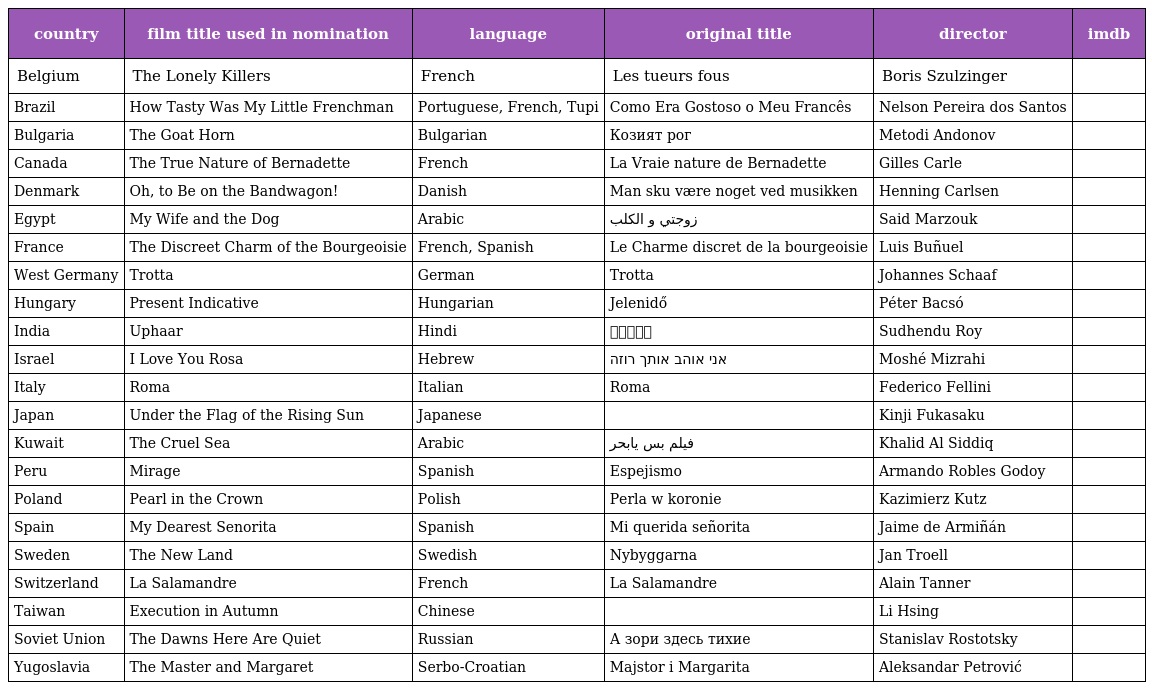
| country | film title used in nomination | language | original title | director | imdb |
 | --- | --- | --- | --- | --- | --- |
 | Belgium | The Lonely Killers | French | Les tueurs fous | Boris Szulzinger |  |
 | Brazil | How Tasty Was My Little Frenchman | Portuguese, French, Tupi | Como Era Gostoso o Meu Francês | Nelson Pereira dos Santos |  |
 | Bulgaria | The Goat Horn | Bulgarian | Козият рог | Metodi Andonov |  |
 | Canada | The True Nature of Bernadette | French | La Vraie nature de Bernadette | Gilles Carle |  |
 | Denmark | Oh, to Be on the Bandwagon! | Danish | Man sku være noget ved musikken | Henning Carlsen |  |
 | Egypt | My Wife and the Dog | Arabic | زوجتي و الكلب | Said Marzouk |  |
 | France | The Discreet Charm of the Bourgeoisie | French, Spanish | Le Charme discret de la bourgeoisie | Luis Buñuel |  |
 | West Germany | Trotta | German | Trotta | Johannes Schaaf |  |
 | Hungary | Present Indicative | Hungarian | Jelenidő | Péter Bacsó |  |
 | India | Uphaar | Hindi | उपहार | Sudhendu Roy |  |
 | Israel | I Love You Rosa | Hebrew | אני אוהב אותך רוזה | Moshé Mizrahi |  |
 | Italy | Roma | Italian | Roma | Federico Fellini |  |
 | Japan | Under the Flag of the Rising Sun | Japanese | 軍旗はためく下に | Kinji Fukasaku |  |
 | Kuwait | The Cruel Sea | Arabic | فيلم بس يابحر | Khalid Al Siddiq |  |
 | Peru | Mirage | Spanish | Espejismo | Armando Robles Godoy |  |
 | Poland | Pearl in the Crown | Polish | Perla w koronie | Kazimierz Kutz |  |
 | Spain | My Dearest Senorita | Spanish | Mi querida señorita | Jaime de Armiñán |  |
 | Sweden | The New Land | Swedish | Nybyggarna | Jan Troell |  |
 | Switzerland | La Salamandre | French | La Salamandre | Alain Tanner |  |
 | Taiwan | Execution in Autumn | Chinese | 秋決 | Li Hsing |  |
 | Soviet Union | The Dawns Here Are Quiet | Russian | А зори здесь тихие | Stanislav Rostotsky |  |
 | Yugoslavia | The Master and Margaret | Serbo-Croatian | Majstor i Margarita | Aleksandar Petrović |  |